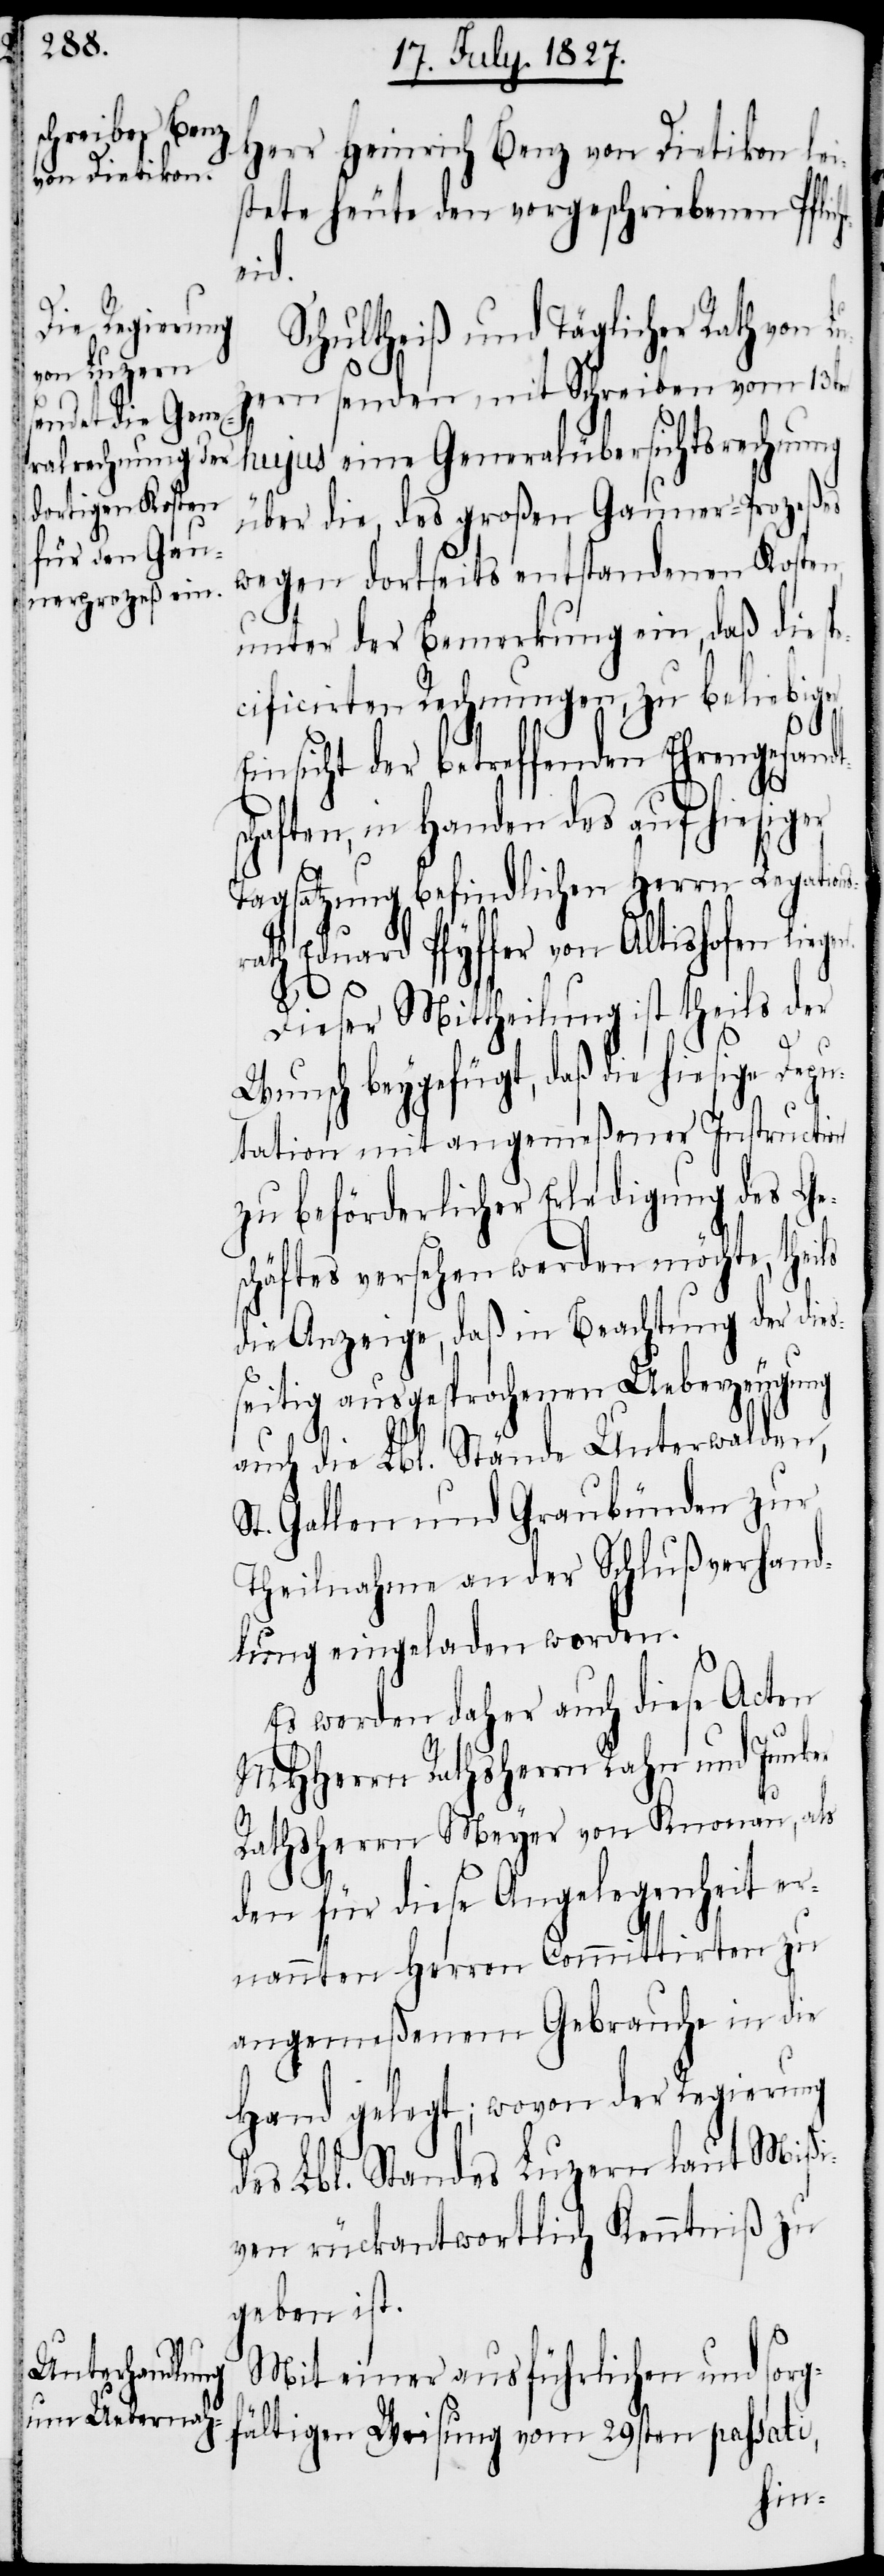
Herr Heinrich Benz von Dietikon lei¬
stete heute den vorgeschriebenen Pflic¬
eid.
Schultheiß und Täglicher Rath von L¬
ns¬
ern senden mit Schreiben vom 13ten
hujus eine Generalübersichtsrechnung
über die, des großen Gauner-Prozeßes
wegen dortseits entstandenen Kosten,
unter der Bemerkung ein, daß die s¬
cificirten Rechnungen, zu beliebiger
Einsicht der betreffenden Ehrengesandt¬
schaften, in Handen des auf hiesiger
Tagsatzung befindlichen Herrn Legatio¬
rath Eduart Pfyffer von Altishofen liege¬
n.
Dieser Mittheilung ist theils der
Wunsch beygefügt, daß die hiesige Depu¬
tation mit angemeßener Instruction
zu beförderlicher Erledigung des Ge¬
schäftes versehen werden möchte, theils
die Anzeige, daß in Beachtung der dies¬
seitig ausgesprochenen Ueberzeugung
auch die Lbl. Stände Unterwalden,
St. Gallen und Graubünden zur
Theilnahme an der Schlußverhand¬
lung eingeladen worden.
Es werden daher auch diese Acten
MHHerrn Rathsherrn Rahn und Junk¬
er
Rathsherr Meyer von Knonau, als
den für diese Angelegenheit er¬
nannten Herren Committirten zu
angemeßenem Gebrauche in die
Hand gelegt; wovon der Regierung
des Lbl. Standes Luzern laut Mißi¬
ven rückantwortlich Kenntniß zu
geben ist.
sorg¬
Mit einer ausführlichen und
fältigen Weisung vom 29sten passati,